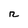
Character: r